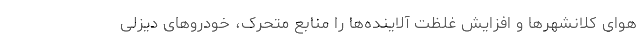
هوای کلانشهرها و افزایش غلظت آلاینده‌ها را منابع متحرک، خودروهای دیزلی